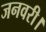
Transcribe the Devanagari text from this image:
जनवरी।